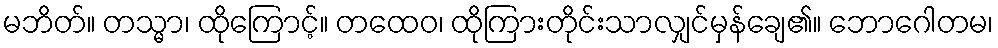
မဘိတ်။ တသ္မာ၊ ထိုကြောင့်။ တထေဝ၊ ထိုကြားတိုင်းသာလျှင်မှန်ချေ၏။ ဘောဂေါတမ၊